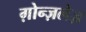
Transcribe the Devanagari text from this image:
ग़ोन्ज़लेज़